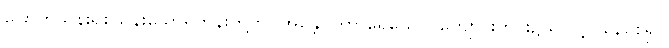
ခြောက်သန်းရှစ်သိန်းသောရဟန်းတို့ကို။ အန္တောဝိဟာရေယေဝ၊ ကျောင်းတွင်း၌သာလျှင်နေစေ၍။